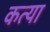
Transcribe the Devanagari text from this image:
कत्या